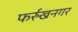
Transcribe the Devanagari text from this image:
फर्रुखनगर